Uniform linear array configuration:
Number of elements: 8
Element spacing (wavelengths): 1
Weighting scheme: hamming
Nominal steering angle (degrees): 45
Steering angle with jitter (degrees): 44.152
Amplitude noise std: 0.05
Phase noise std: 0.05

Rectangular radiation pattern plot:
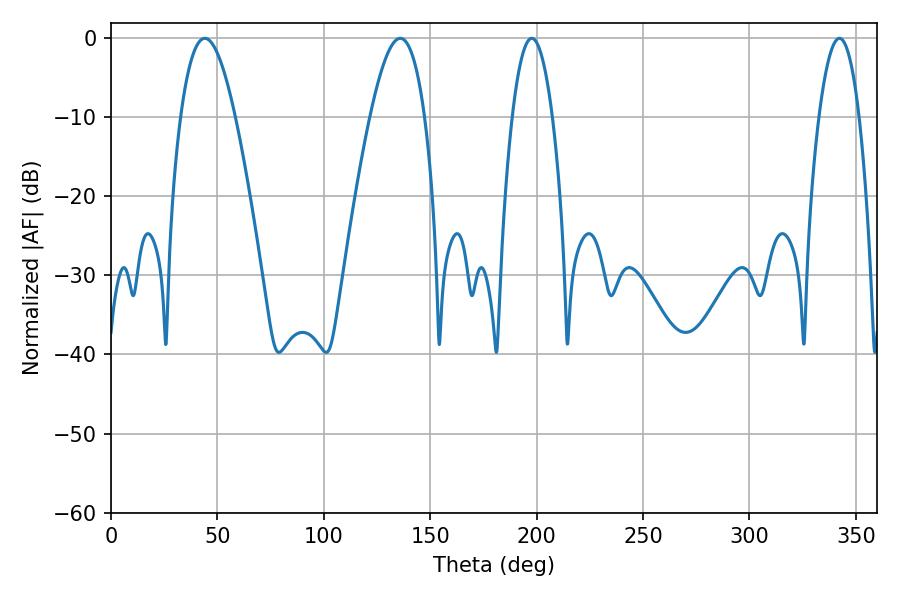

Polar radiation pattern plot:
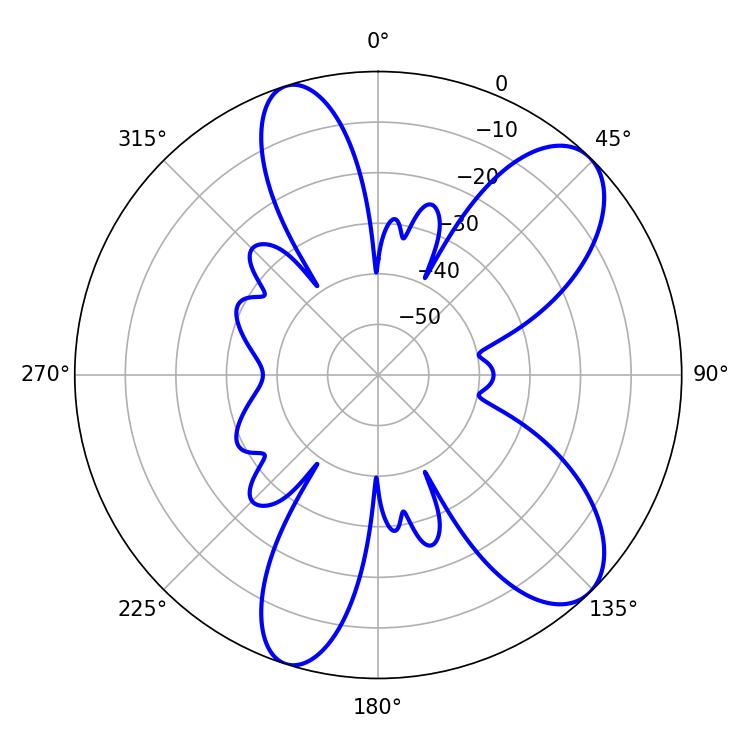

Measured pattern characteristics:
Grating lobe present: TRUE
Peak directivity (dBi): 9.031
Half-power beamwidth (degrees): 14.04
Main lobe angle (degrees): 135.9